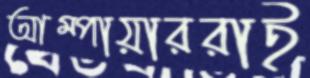
আম্পায়াররাই